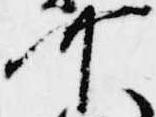
可